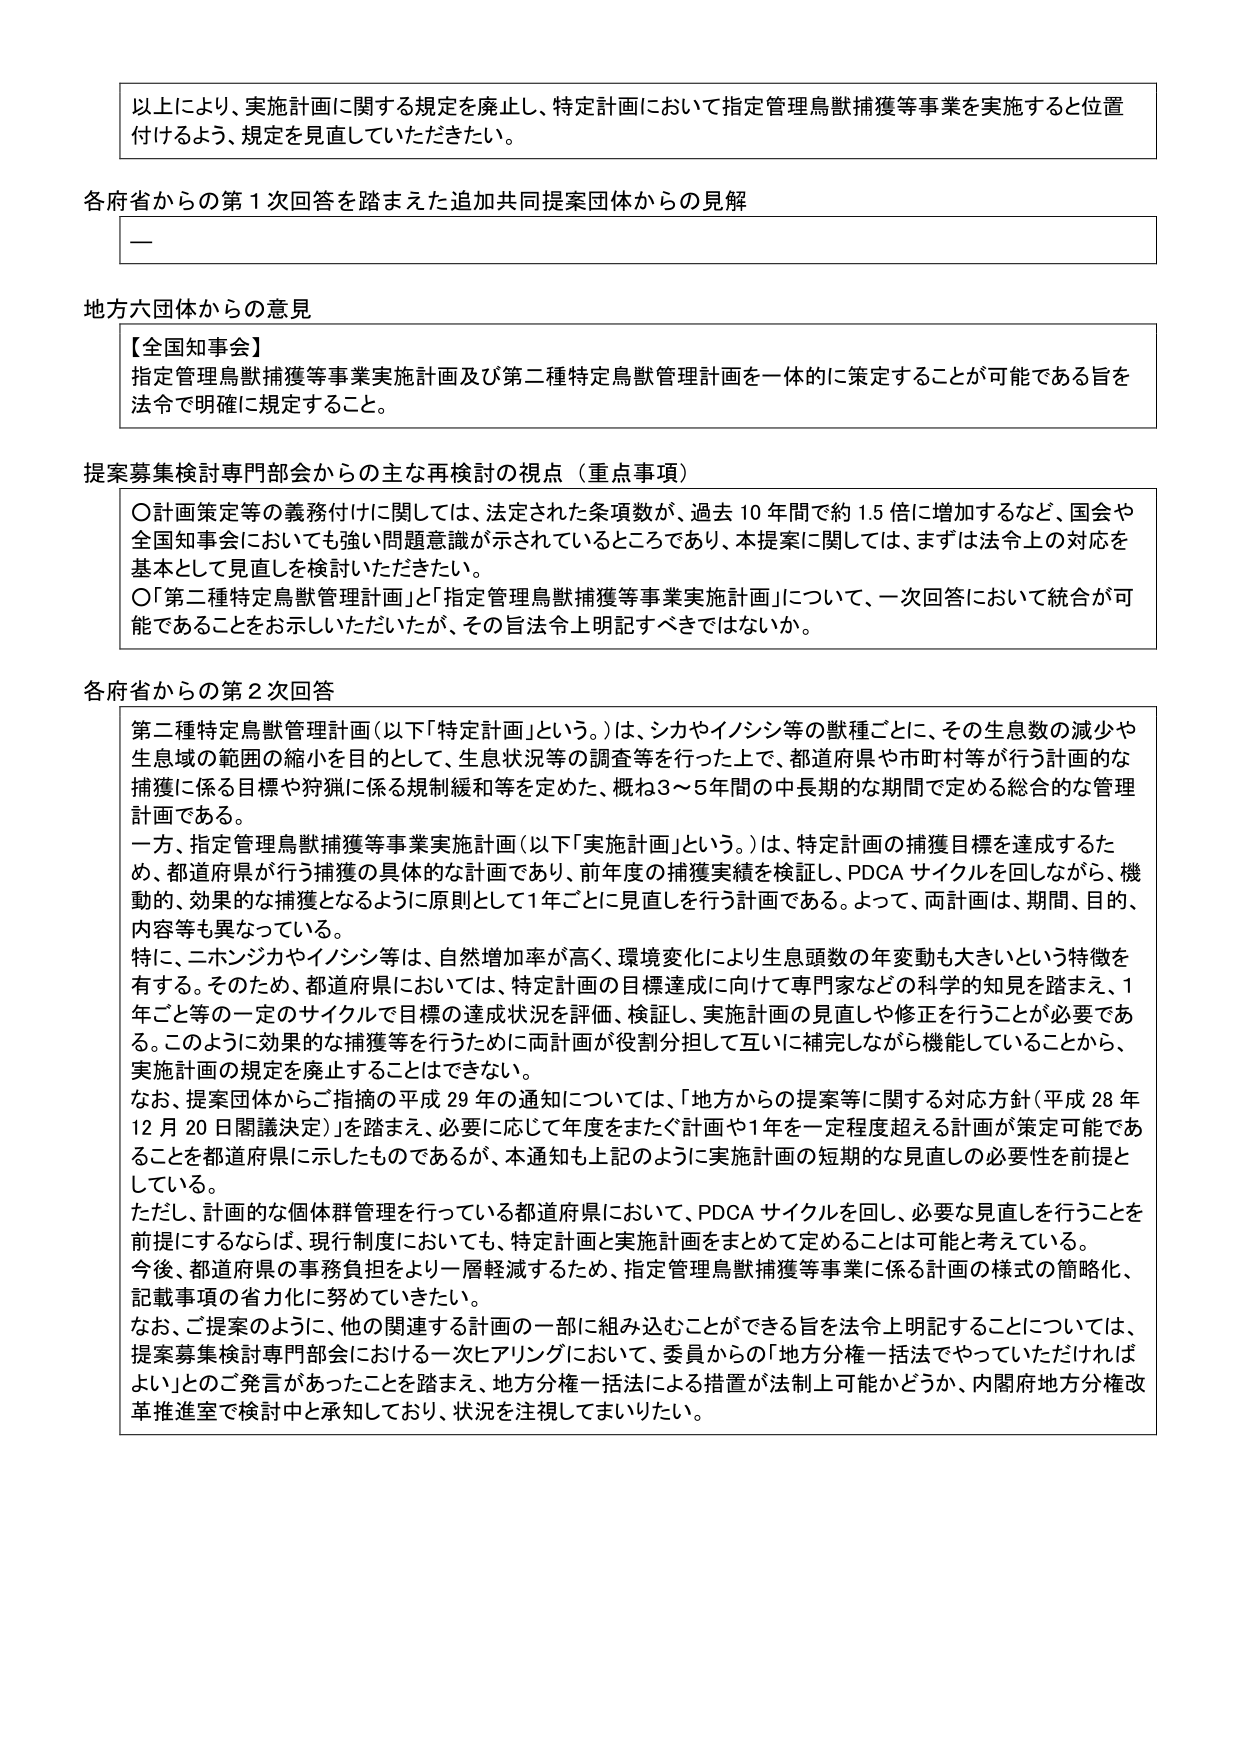
以上により、実施計画に関する規定を廃止し、特定計画において指定管理鳥獣捕獲等事業を実施すると位置付けるよう、規定を見直していただきたい。

各府省からの第１次回答を踏まえた追加共同提案団体からの見解
—

地方六団体からの意見
【全国知事会】
指定管理鳥獣捕獲等事業実施計画及び第二種特定鳥獣管理計画を一体的に策定することが可能である旨を法令で明確に規定すること。

提案募集検討専門部会からの主な再検討の視点（重点事項）
〇計画策定等の義務付けに関しては、法定された条項数が、過去10年間で約1.5倍に増加するなど、国会や全国知事会においても強い問題意識が示されているところであり、本提案に関しては、まずは法令上の対応を基本として見直しを検討いただきたい。
〇「第二種特定鳥獣管理計画」と「指定管理鳥獣捕獲等事業実施計画」について、一次回答において統合が可能であることをお示しいただいたが、その旨法令上明記すべきではないか。

各府省からの第２次回答
第二種特定鳥獣管理計画（以下「特定計画」という。）は、シカやイノシシ等の獣種ごとに、その生息数の減少や生息域の範囲の縮小を目的として、生息状況等の調査等を行った上で、都道府県や市町村等が行う計画的な捕獲に係る目標や狩猟に係る規制緩和等を定めた、概ね3～5年間の中長期的な期間で定める総合的な管理計画である。
一方、指定管理鳥獣捕獲等事業実施計画（以下「実施計画」という。）は、特定計画の捕獲目標を達成するため、都道府県が行う捕獲の具体的な計画であり、前年度の捕獲実績を検証し、PDCAサイクルを回しながら、機動的、効果的な捕獲となるように原則として1年ごとに見直しを行う計画である。よって、両計画は、期間、目的、内容等も異なっている。
特に、ニホンジカやイノシシ等は、自然増加率が高く、環境変化により生息頭数の年変動も大きいという特徴を有する。そのため、都道府県においては、特定計画の目標達成に向けて専門家などの科学的知見を踏まえ、1年ごと等の一定のサイクルで目標の達成状況を評価、検証し、実施計画の見直しや修正を行うことが必要である。このように効果的な捕獲等を行うために両計画が役割分担して互いに補完しながら機能していることから、実施計画の規定を廃止することはできない。
なお、提案団体からご指摘の平成29年の通知については、「地方からの提案等に関する対応方針（平成28年12月20日閣議決定）」を踏まえ、必要に応じて年度をまたぐ計画や1年を一定程度超える計画が策定可能であることを都道府県に示したものであるが、本通知も上記のように実施計画の短期的な見直しの必要性を前提としている。
ただし、計画的な個体群管理を行っている都道府県において、PDCAサイクルを回し、必要な見直しを行うことを前提にするならば、現行制度においても、特定計画と実施計画をまとめて定めることは可能と考えている。
今後、都道府県の事務負担をより一層軽減するため、指定管理鳥獣捕獲等事業に係る計画の様式の簡略化、記載事項の省力化に努めていきたい。
なお、ご提案のように、他の関連する計画の一部に組み込むことができる旨を法令上明記することについては、提案募集検討専門部会における一次ヒアリングにおいて、委員からの「地方分権一括法でやっていただければよい」とのご発言があったことを踏まえ、地方分権一括法による措置が法制上可能かどうか、内閣府地方分権改革推進室で検討中と承知しており、状況を注視してまいりたい。